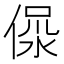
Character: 𣶚